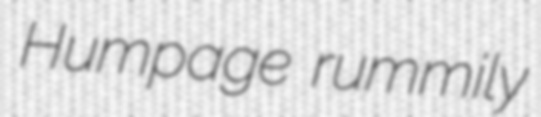
Humpage rummily